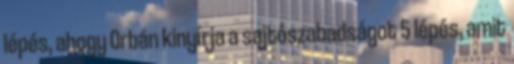
lépés, ahogy Orbán kinyírja a sajtószabadságot 5 lépés, amit